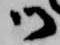
御